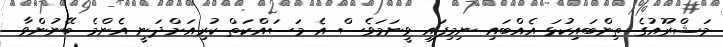
މަޝްރޫއުގެ ތިންބައިކުޅަ އެއްބައި ނިމިފައި ވީނަމަވެސް އެ މަސައްކަތް ކުރިއަށްދަނީ އެންމެ ބޭނުންވާ